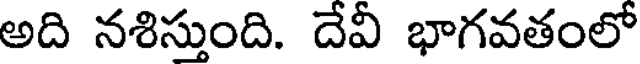
అది నశిస్తుంది. దేవీ భాగవతంలో